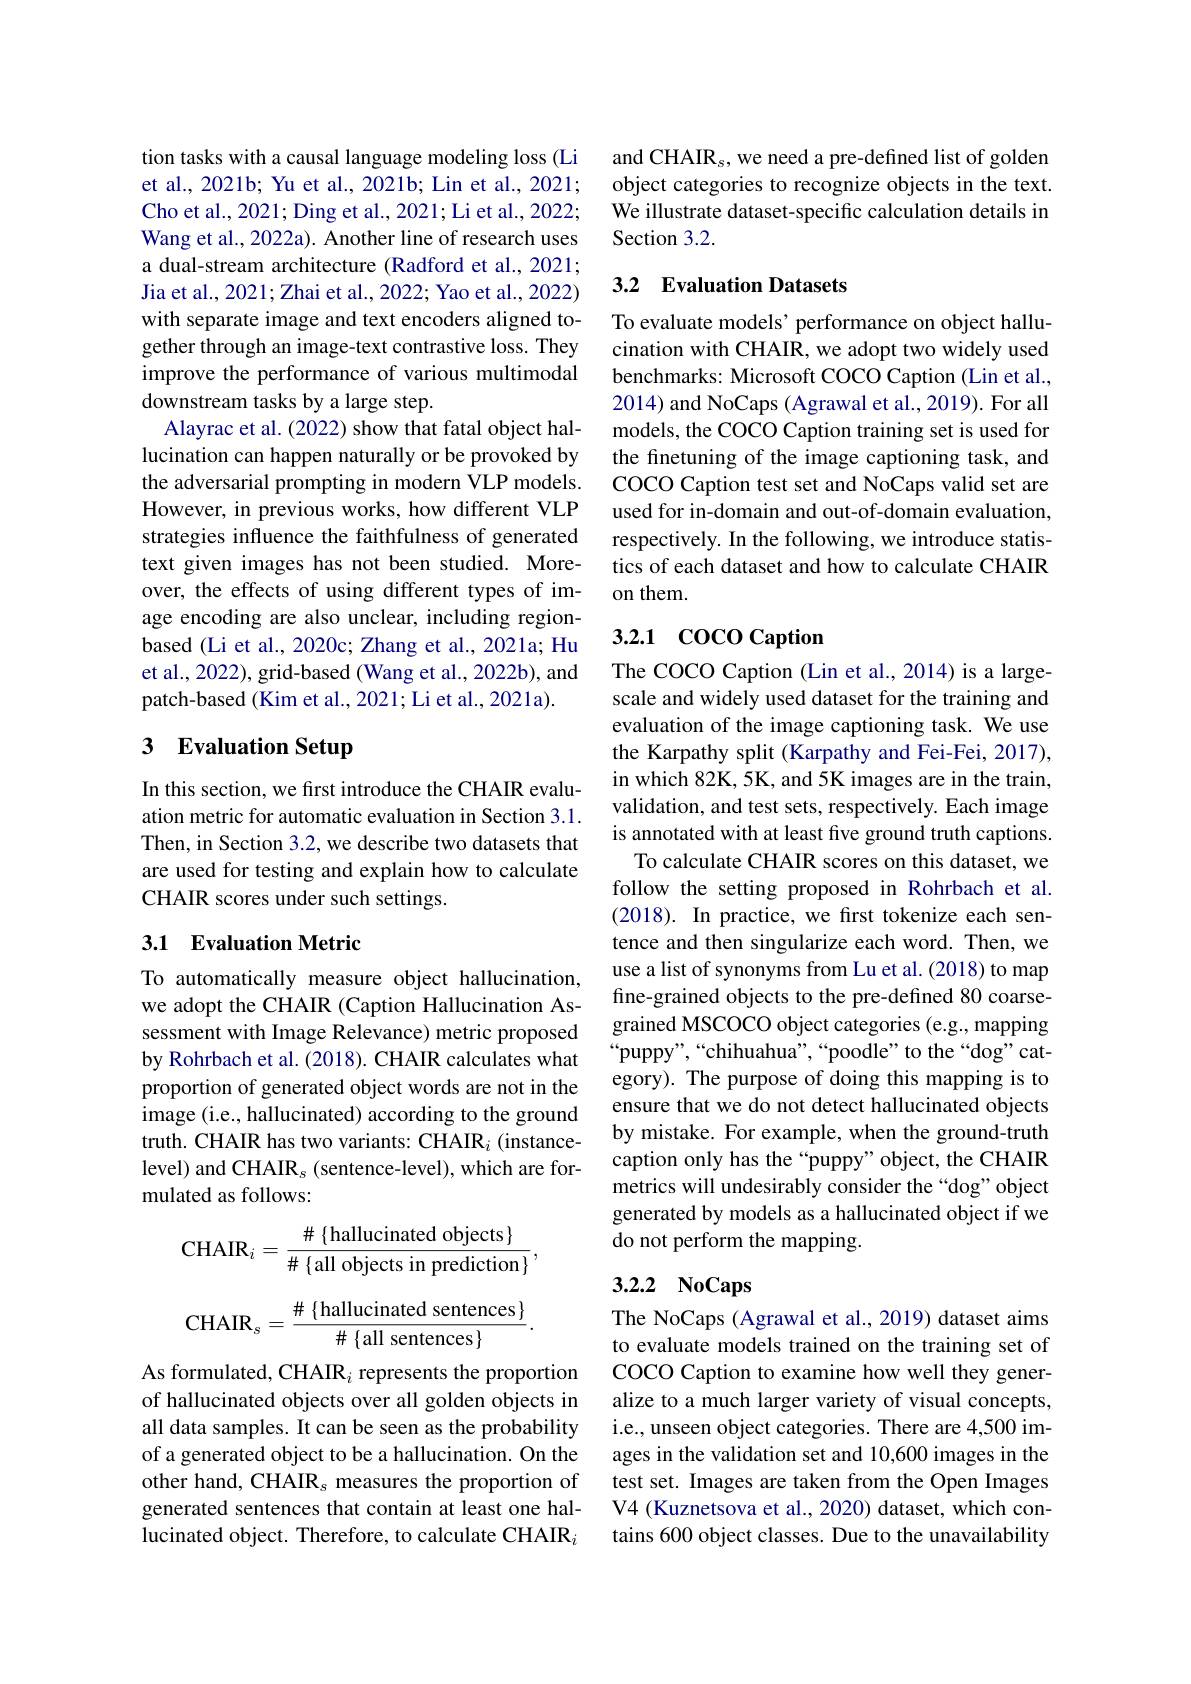
tion tasks with a causal language modeling loss (Li et al., 2021b; Yu et al., 2021b; Lin et al., 2021; Cho et al., 2021; Ding et al., 2021; Li et al., 2022; Wang et al., 2022a). Another line of research uses a dual-stream architecture (Radford et al., 2021; Jia et al., 2021; Zhai et al., 2022; Yao et al., 2022) with separate image and text encoders aligned together through an image-text contrastive loss. They improve the performance of various multimodal downstream tasks by a large step.
Alayrac et al. (2022) show that fatal object hallucination can happen naturally or be provoked by the adversarial prompting in modern VLP models. However, in previous works, how different VLP strategies influence the faithfulness of generated text given images has not been studied. Moreover, the effects of using different types of image encoding are also unclear, including regionbased (Li et al., 2020c; Zhang et al., 2021a; Hu et al., 2022), grid-based ( Wang et al., 2022b), and patch-based (Kim et al., 2021; Li et al., 2021a).

## 3 Evaluation Setup

In this section, we first introduce the CHAIR evaluation metric for automatic evaluation in Section 3.1. Then, in Section 3.2, we describe two datasets that are used for testing and explain how to calculate CHAIR scores under such settings.

### 3.1 Evaluation Metric

To automatically measure object hallucination, we adopt the CHAIR (Caption Hallucination Assessment with Image Relevance) metric proposed by Rohrbach et al. (2018). CHAIR calculates what proportion of generated object words are not in the image (i.e., hallucinated) according to the ground truth. CHAIR has two variants: CHAIR $_i$ (instancelevel) and CHAIRs (sentence-level), which are formulated as follows:
$$\mathrm{CHAIR}_{i}=\frac{\#\{\mathrm{hallucinated~objects}\}}{\#\{\mathrm{all~objects~in~prediction}\}},\\\mathrm{CHAIR}_{s}=\frac{\#\{\mathrm{hallucinated~sentences}\}}{\#\{\mathrm{all~sentences}\}}.$$
As formulated, CHAIR $_i$ represents the proportion of hallucinated objects over all golden objects in all data samples. It can be seen as the probability of a generated object to be a hallucination. On the other hand, CHAIR$_s$ measures the proportion of generated sentences that contain at least one hallucinated object. Therefore, to calculate CHAIR$_i$

and CHAIR$_s$,we need a pre-defined list of golden object categories to recognize objects in the text. We illustrate dataset-specific calculation details in Section 3.2.

## 3.2 Evaluation Datasets

To evaluate models’ performance on object hallucination with CHAIR, we adopt two widely used benchmarks: Microsoft COCO Caption (Lin et al., 2014) and NoCaps (Agrawal et al., 2019). For all models, the COCO Caption training set is used for the finetuning of the image captioning task, and COCO Caption test set and NoCaps valid set are used for in-domain and out-of-domain evaluation, respectively. In the following, we introduce statistics of each dataset and how to calculate CHAIR on them.

## 3.2.1 Coco Caption

The COCO Caption (Lin et al.,2014) is a largescale and widely used dataset for the training and evaluation of the image captioning task. We use the Karpathy split (Karpathy and Fei-Fei, 2017), in which 82K, 5K, and 5K images are in the train, validation, and test sets, respectively. Each image is annotated with at least five ground truth captions. To calculate CHAIR scores on this dataset, we
follow the setting proposed in Rohrbach et al. (2018). In practice, we first tokenize each sentence and then singularize each word. Then, we use a list of synonyms from Lu et al. (2018) to map fine-grained objects to the pre-defined 80 coarsegrained MSCOCO object categories (e.g., mapping “puppy”,“chihuahua”,“poodle”to the“dog”category). The purpose of doing this mapping is to ensure that we do not detect hallucinated objects by mistake. For example, when the ground-truth caption only has the“puppy” object, the CHAIR metrics will undesirably consider the “dog” object generated by models as a hallucinated object if we do not perform the mapping.

# 3.2.2 NoCaps

The NoCaps (Agrawal et al., 2019) dataset aims to evaluate models trained on the training set of COCO Caption to examine how well they generalize to a much larger variety of visual concepts, i.e., unseen object categories. There are 4,500 images in the validation set and 10,600 images in the test set. Images are taken from the Open Images V4 (Kuznetsova et al., 2020) dataset, which contains 600 object classes. Due to the unavailability